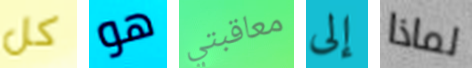
كل هو معاقبتي إلى لماذا